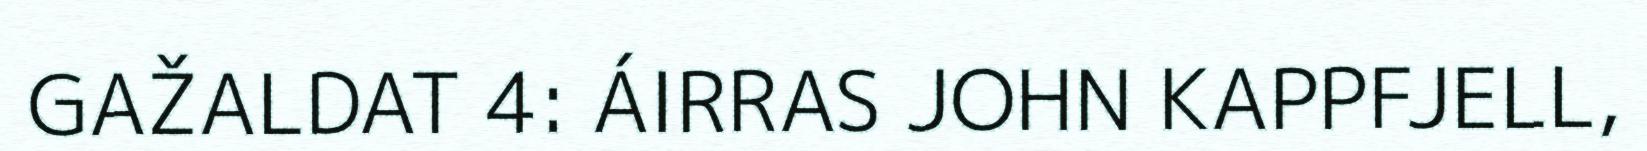
GAŽALDAT 4: ÁIRRAS JOHN KAPPFJELL,